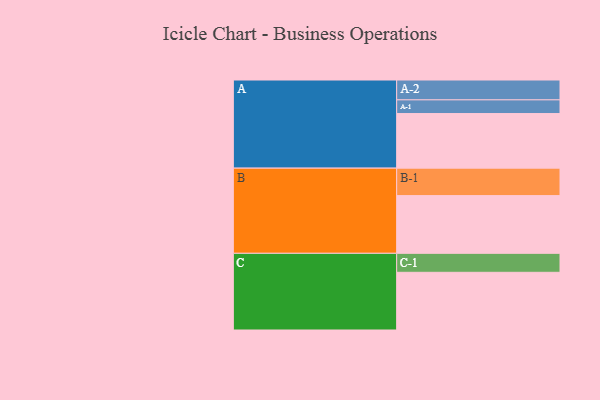
{"axis": {"x": "Segment", "y": "Value"}, "legend": ["", "A", "B", "C"], "data": [{"x": "A", "y": 495, "type": ""}, {"x": "B", "y": 523, "type": ""}, {"x": "C", "y": 523, "type": ""}, {"x": "A-1", "y": 124, "type": "A"}, {"x": "A-2", "y": 180, "type": "A"}, {"x": "B-1", "y": 249, "type": "B"}, {"x": "C-1", "y": 172, "type": "C"}]}